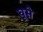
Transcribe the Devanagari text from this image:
घूसे